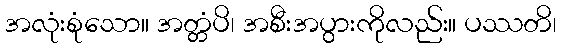
အလုံးစုံသော။ အတ္တံပိ၊ အစီးအပွားကိုလည်း။ ပဿတိ၊